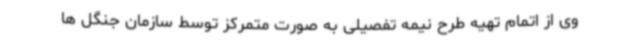
وی از اتمام تهیه طرح نیمه تفصیلی به صورت متمرکز توسط سازمان جنگل ها